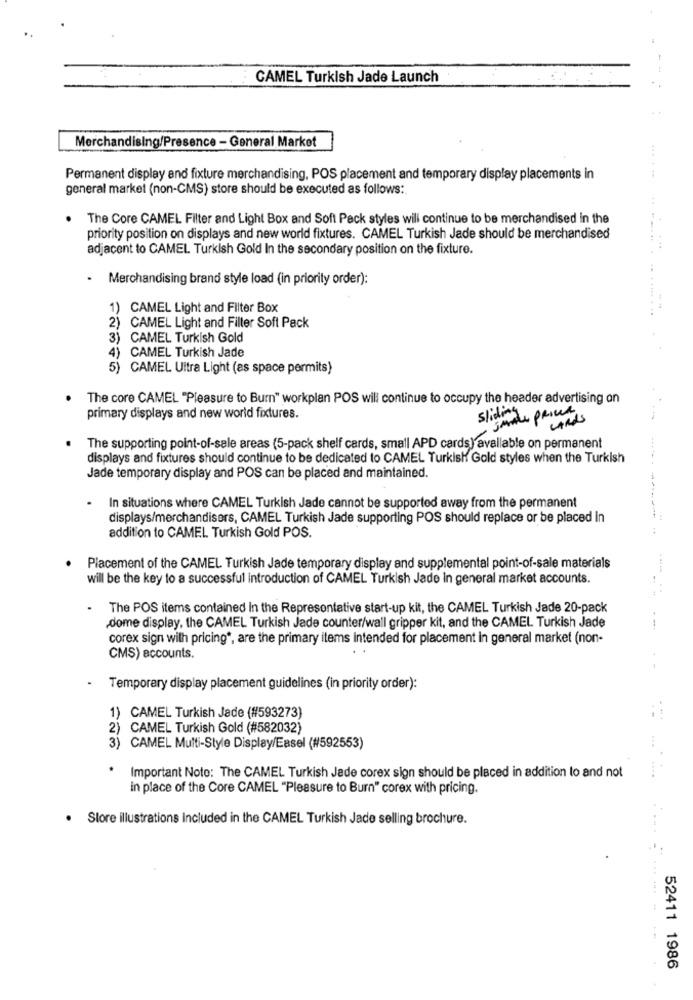
CAMEL Turkish Jade Launch
Merchandising/Presence - General Market
Permanent display and fixture merchandising, POS placement and temporary display placements in
general market (non-CMS) store should be executed as follows:
The Core CAMEL Filter and Light Box and Soft Pack styles will continue to be merchandised in the
priority position on displays and new world fixtures. CAMEL Turkish Jade should be merchandised
adjacent to CAMEL Turkish Gold In the secondary position on the fixture.
.
Merchandising brand style load (in priority order):
CAMEL Light and Filter Box
2) CAMEL Light and Filter Soft Pack
3) CAMEL Turkish Gold
4) CAMEL Turkish Jade
5) CAMEL Ultra Light (as space permits)
The core CAMEL "Pleasure to Burn" workplan POS will continue to occupy the header advertising on
primary displays and new world fixtures.
sliding
SMAL PRICE
CARDS
The supporting point-of-sale areas (5-pack shelf cards, small APD cards) available on permanent
displays and fixtures should continue to be dedicated to CAMEL Turkish Gold styles when the Turkish
Jade temporary display and POS can be placed and maintained.
.
In situations where CAMEL Turkish Jade cannot be supported away from the permanent
displays/merchandisers, CAMEL Turkish Jade supporting POS should replace or be placed In
addition to CAMEL Turkish Gold POS.
Placement of the CAMEL Turkish Jade temporary display and supplemental point-of-sale materials
will be the key to a successful introduction of CAMEL Turkish Jade In general market accounts.
The POS items contained In the Representative start-up kit, the CAMEL Turkish Jade 20-pack
dome display, the CAMEL Turkish Jade counter/wall gripper kit, and the CAMEL Turkish Jade
corex sign with pricing *, are the primary items intended for placement in general market (non-
CMS) accounts.
Temporary display placement guidelines (in priority order):
1) CAMEL Turkish Jade (#593273)
2) CAMEL Turkish Gold (#582032)
3) CAMEL Multi-Style Display/Easel (#592553)
.
Important Note: The CAMEL Turkish Jade corex sign should be placed in addition to and not
in place of the Core CAMEL "Pleasure to Burn" corex with pricing.
Store illustrations Included in the CAMEL Turkish Jade selling brochure.
52411 1986